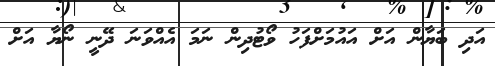
އަދި ބަޔާން އަށް އައުމަށްފަހު ވޯޓުދިން ނަމަ އެއްވަނަ ދޭނީ ނޯޔާ އަށް